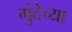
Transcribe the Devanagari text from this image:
गुंदेच्या